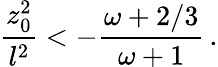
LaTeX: {\frac{z_{0}^{2}}{l^{2}}}<-{\frac{\omega+2/3}{\omega+1}}\, .